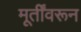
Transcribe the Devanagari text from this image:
मूर्तींवरून